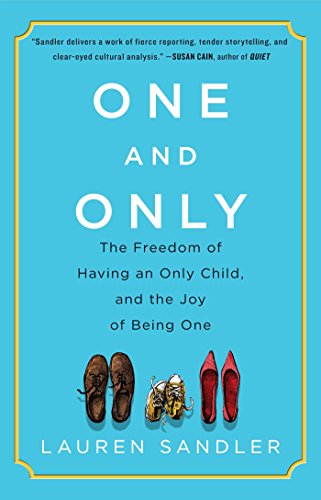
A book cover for One and Only: The Freedom of Having an Only Child, and the Joy of Being One; Lauren Sandler; Politics & Social Sciences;